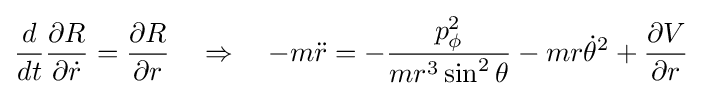
{\frac {d}{dt}}{\frac {\partial R}{\partial {\dot {r}}}}={\frac {\partial R}{\partial r}}\quad \Rightarrow \quad -m{\ddot {r}}=-{\frac {p_{\phi }^{2}}{mr^{3}\sin ^{2}\theta }}-mr{\dot {\theta }}^{2}+{\frac {\partial V}{\partial r}}